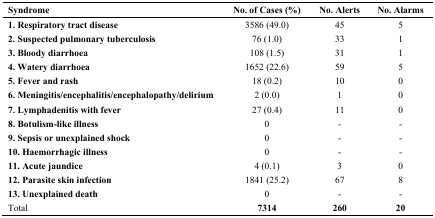
| Syndrome | No. of Cases (%) | No. Alerts | No. Alarms |
 | --- | --- | --- | --- |
 | 1. Respiratory tract disease | 3586 (49.0) | 45 | 5 |
 | 2. Suspected pulmonary tuberculosis | 76 (1.0) | 33 | 1 |
 | 3. Bloody diarrhoea | 108 (1.5) | 31 | 1 |
 | 4. Watery diarrhoea | 1652 (22.6) | 59 | 5 |
 | 5. Fever and rash | 18 (0.2) | 10 | 0 |
 | 6. Meningitis/encephalitis/encephalopathy/delirium | 2 (0.0) | 1 | 0 |
 | 7. Lymphadenitis with fever | 27 (0.4) | 11 | 0 |
 | 8. Botulism-like illness | 0 | - | - |
 | 9. Sepsis or unexplained shock | 0 | - | - |
 | 10. Haemorrhagic illness | 0 | - | - |
 | 11. Acute jaundice | 4 (0.1) | 3 | 0 |
 | 12. Parasite skin infection | 1841 (25.2) | 67 | 8 |
 | 13. Unexplained death | 0 | - | - |
 | Total | 7314 | 260 | 20 |